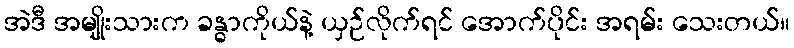
အဲဒီ အမျိုးသားက ခန္ဓာကိုယ်နဲ့ ယှဉ်လိုက်ရင် အောက်ပိုင်း အရမ်း သေးတယ်။